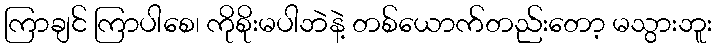
ကြာချင် ကြာပါစေ၊ ကိုစိုးမပါဘဲနဲ့ တစ်ယောက်တည်းတော့ မသွားဘူး